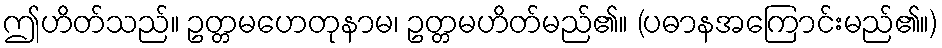
ဤဟိတ်သည်။ ဥတ္တမဟေတုနာမ၊ ဥတ္တမဟိတ်မည်၏။ (ပဓာနအကြောင်းမည်၏။)